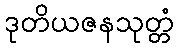
ဒုတိယဇနသုတ္တံ